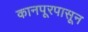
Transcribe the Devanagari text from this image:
कानपूरपासून